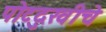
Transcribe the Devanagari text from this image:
पोटदुखीचे